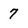
Character: 7